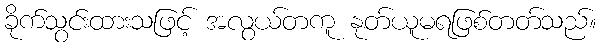
ခိုက်သွင်းထားသဖြင့် အလွယ်တကူ နုတ်ယူမရဖြစ်တတ်သည်။